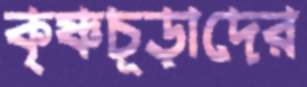
কৃষ্ণচূড়াদের